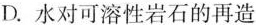
D.水对可溶性岩石的再造